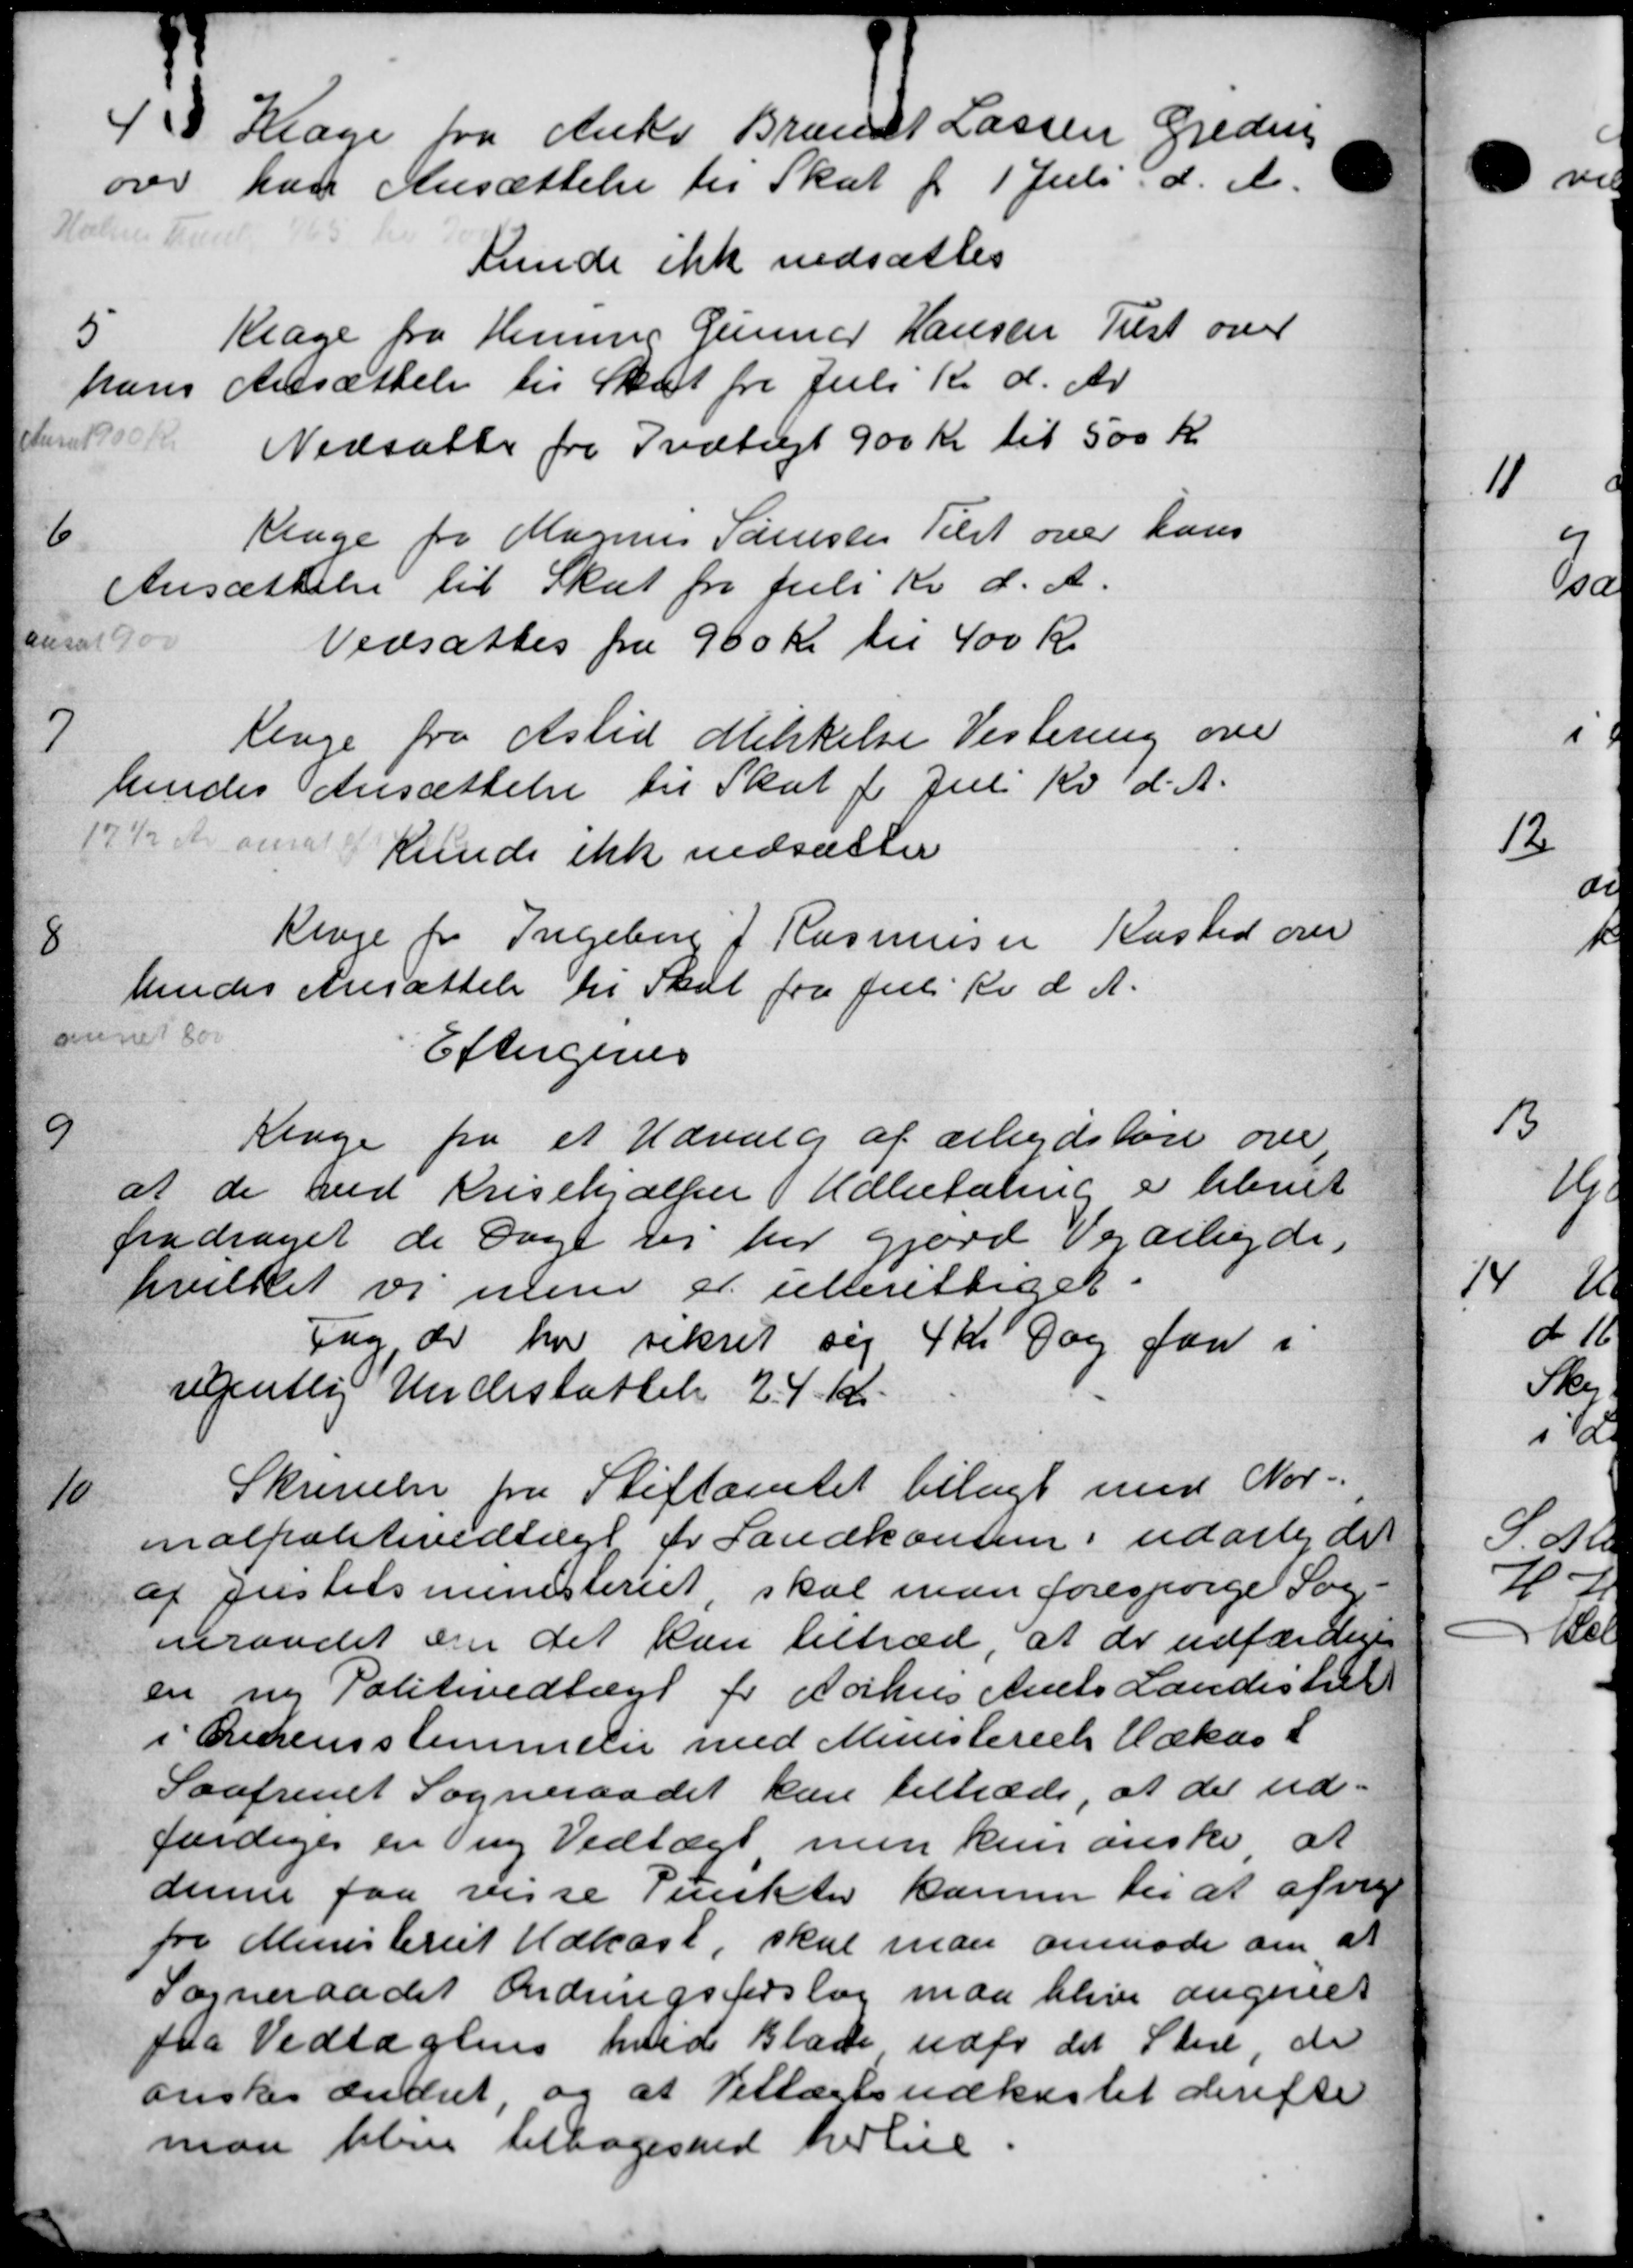
Transskription:
4
Klage fra Anker Brandt Lassen Greder
over han Ansættelse til Skat fr 1 Juli d. A.
Holme Karet 165 Kr
kunde ikke nedsættes
5
Klage fra Henning Gunnar Hansen Tulst over
hans Ansættelse til Skat fra Juli Kv. d. Ar
 Juni 1930/4
Nedsætte fra Indtægt 900 Kr. til 500 Kr.
6
Klage for Magnus Sørensen Tilst over hans
Ansættelse til Skat for Juli Kv. d. A.
ansat 10
Vedsættes fra 960 Kr. til 400 Kr.
1
Renge fra Asted Mikkelse Vestering over
hendes Ansættelse til Skat for Juli Kv. d. A.
12½ Kr om Kunde ikke nedsætter
8
Krage for Ingeber J Rasmussen Kasted over
hendes Ansættelse til Skat fra Juli Kv. d. A.
anet for
Eftergives
9
Klage fra et Udvalg af arbejdsløn over
at de ved Krisehjælpen Udbetaling er blevet
fradraget de Dage der har gjord Vejarbejde,
hvilket vi men er uberettiget
Fag, de har sekret sig 4 Kr Dag for i
ugentlig Undestøttelse 24 Kr.
10
Skrivelse fra Stiftamtet bilagt med Nor-
inalpolitivedtægt fr Landkomme i udarbejde
af Justitsministeriet, skal man forespørge Sog-
neraadet om det kan tiltræd, at de udfærdige
en ny Politivedtægt for Aarhus Amts Landes hel
i Oevensstemmelse med Ministeriets Udkas L
Saafremt Sogneraadet kan tiltræde, at der ud-
færdiges en ny Vedtægt men kun ønske at
denne faa visse Punkter kammer til at afvis
fra Ministeriet Udkast, skal man anmode om at
Sogneraadet Ændringsforslag maa blive angivet
fra Vedtægtens hvid Blade udfor det Sted, de
ønskes ændret, og at Teltægtsudkastet derefter
man bleve tilbages ved herlige